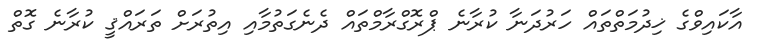
އާކައިވްގެ ޚިދުމަތްތައް ހަރުދަނާ ކުރާނެ ޕްރޮގްރާމްތައް ދެނެގަތުމާއި އިތުރަށް ތަރައްޤީ ކުރާނެ ގޮތް